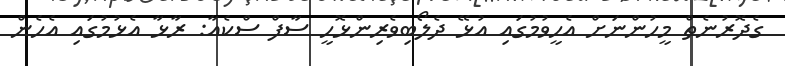
ގެދޮރުނެތް މީހުންނަށް އެހީވުމުގައި އުޅޭ ދެލޯބިވެރިންޅޮހީ ސާފް ސްކެއާ: ރާޅާ އެޅުމުގައި އެހެން